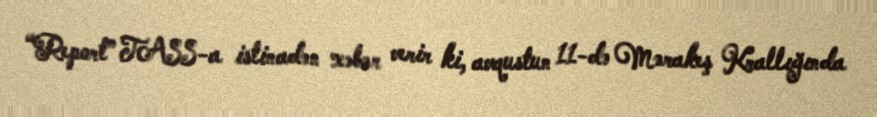
“Report” TASS-a istinadən xəbər verir ki, avqustun 11-də Mərakeş Krallığında